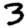
Digit: 3